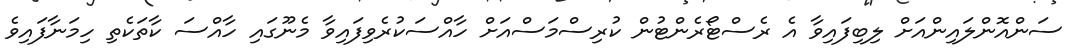
ސަންއޮންލައިންއަށް ލިބިފައިވާ އެ ރެސްޓޯރެންޓުން ކުރިސްމަސްއަށް ހާއްސަކުރެވިފައިވާ މެނޫގައި ހާއްސަ ކާތަކެތި ހިމަނާފައިވެ